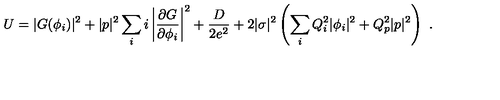
U = | G ( \phi _ { i } ) | ^ { 2 } + | p | ^ { 2 } \sum _ { i } i \left| \frac { \partial G } { \partial \phi _ { i } } \right| ^ { 2 } + \frac { D } { 2 e ^ { 2 } } + 2 | \sigma | ^ { 2 } \left( \sum _ { i } Q _ { i } ^ { 2 } | \phi _ { i } | ^ { 2 } + Q _ { p } ^ { 2 } | p | ^ { 2 } \right) \ .